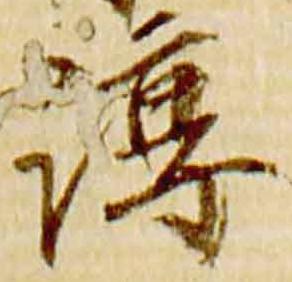
淳